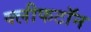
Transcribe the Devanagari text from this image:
क्लीफटॉन